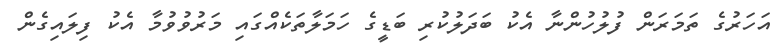
އަހަރުގެ ތަމަރަން ފުލުހުންނާ އެކު ބަދަލުކުރި ބަޑީގެ ހަމަލާތަކެއްގައި މަރުވުވުމާ އެކު ފިލައިގެން